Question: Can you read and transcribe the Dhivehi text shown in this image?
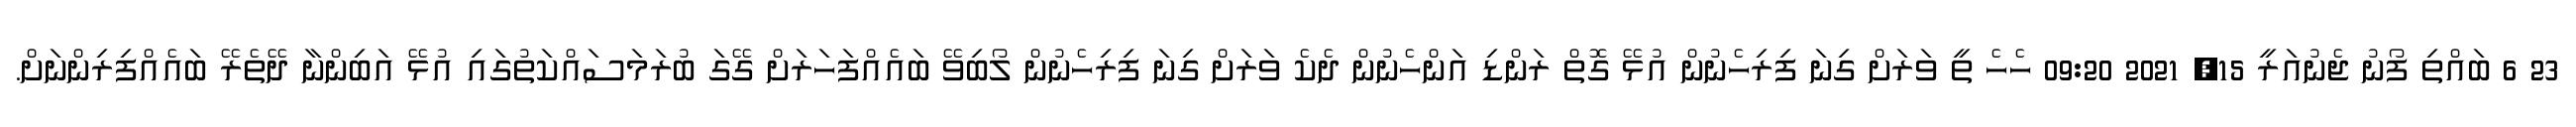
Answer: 23 6 ބައްތި ފޯނު ޖެނުއަރީ 15, 2021 09:20 ހެހެ ތީ ވަރަށް ގިނަ ފިރިހެނުން އުޅޭ ގޮތް ރަންޑި އަންހެނުން ދެކެ ވަރަށް ގިނަ ފިރިހެނުން ލޯބިވޭ ބައެއްފަހަރަށް ގޭގަ ބުރަމަސައްކަތުގައި އުޅޭ އަބިންނާ ދޭތެރޭ ބައެއްފިރިންނަށް.